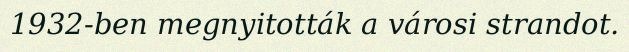
1932-ben megnyitották a városi strandot.